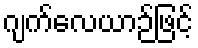
ဂျက်လေယာဉ်ဖြင့်